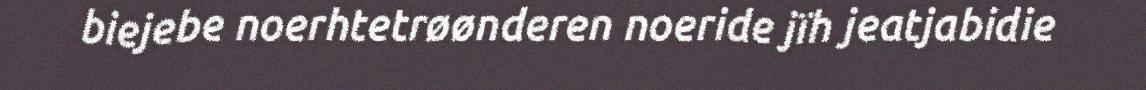
biejebe noerhtetrøønderen noeride jïh jeatjabidie